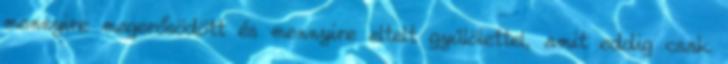
mennyire megerősödött és mennyire eltelt gyűlölettel, amit eddig csak